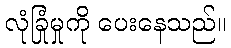
လုံခြုံမှုကို ပေးနေသည်။